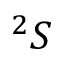
^ { 2 } S